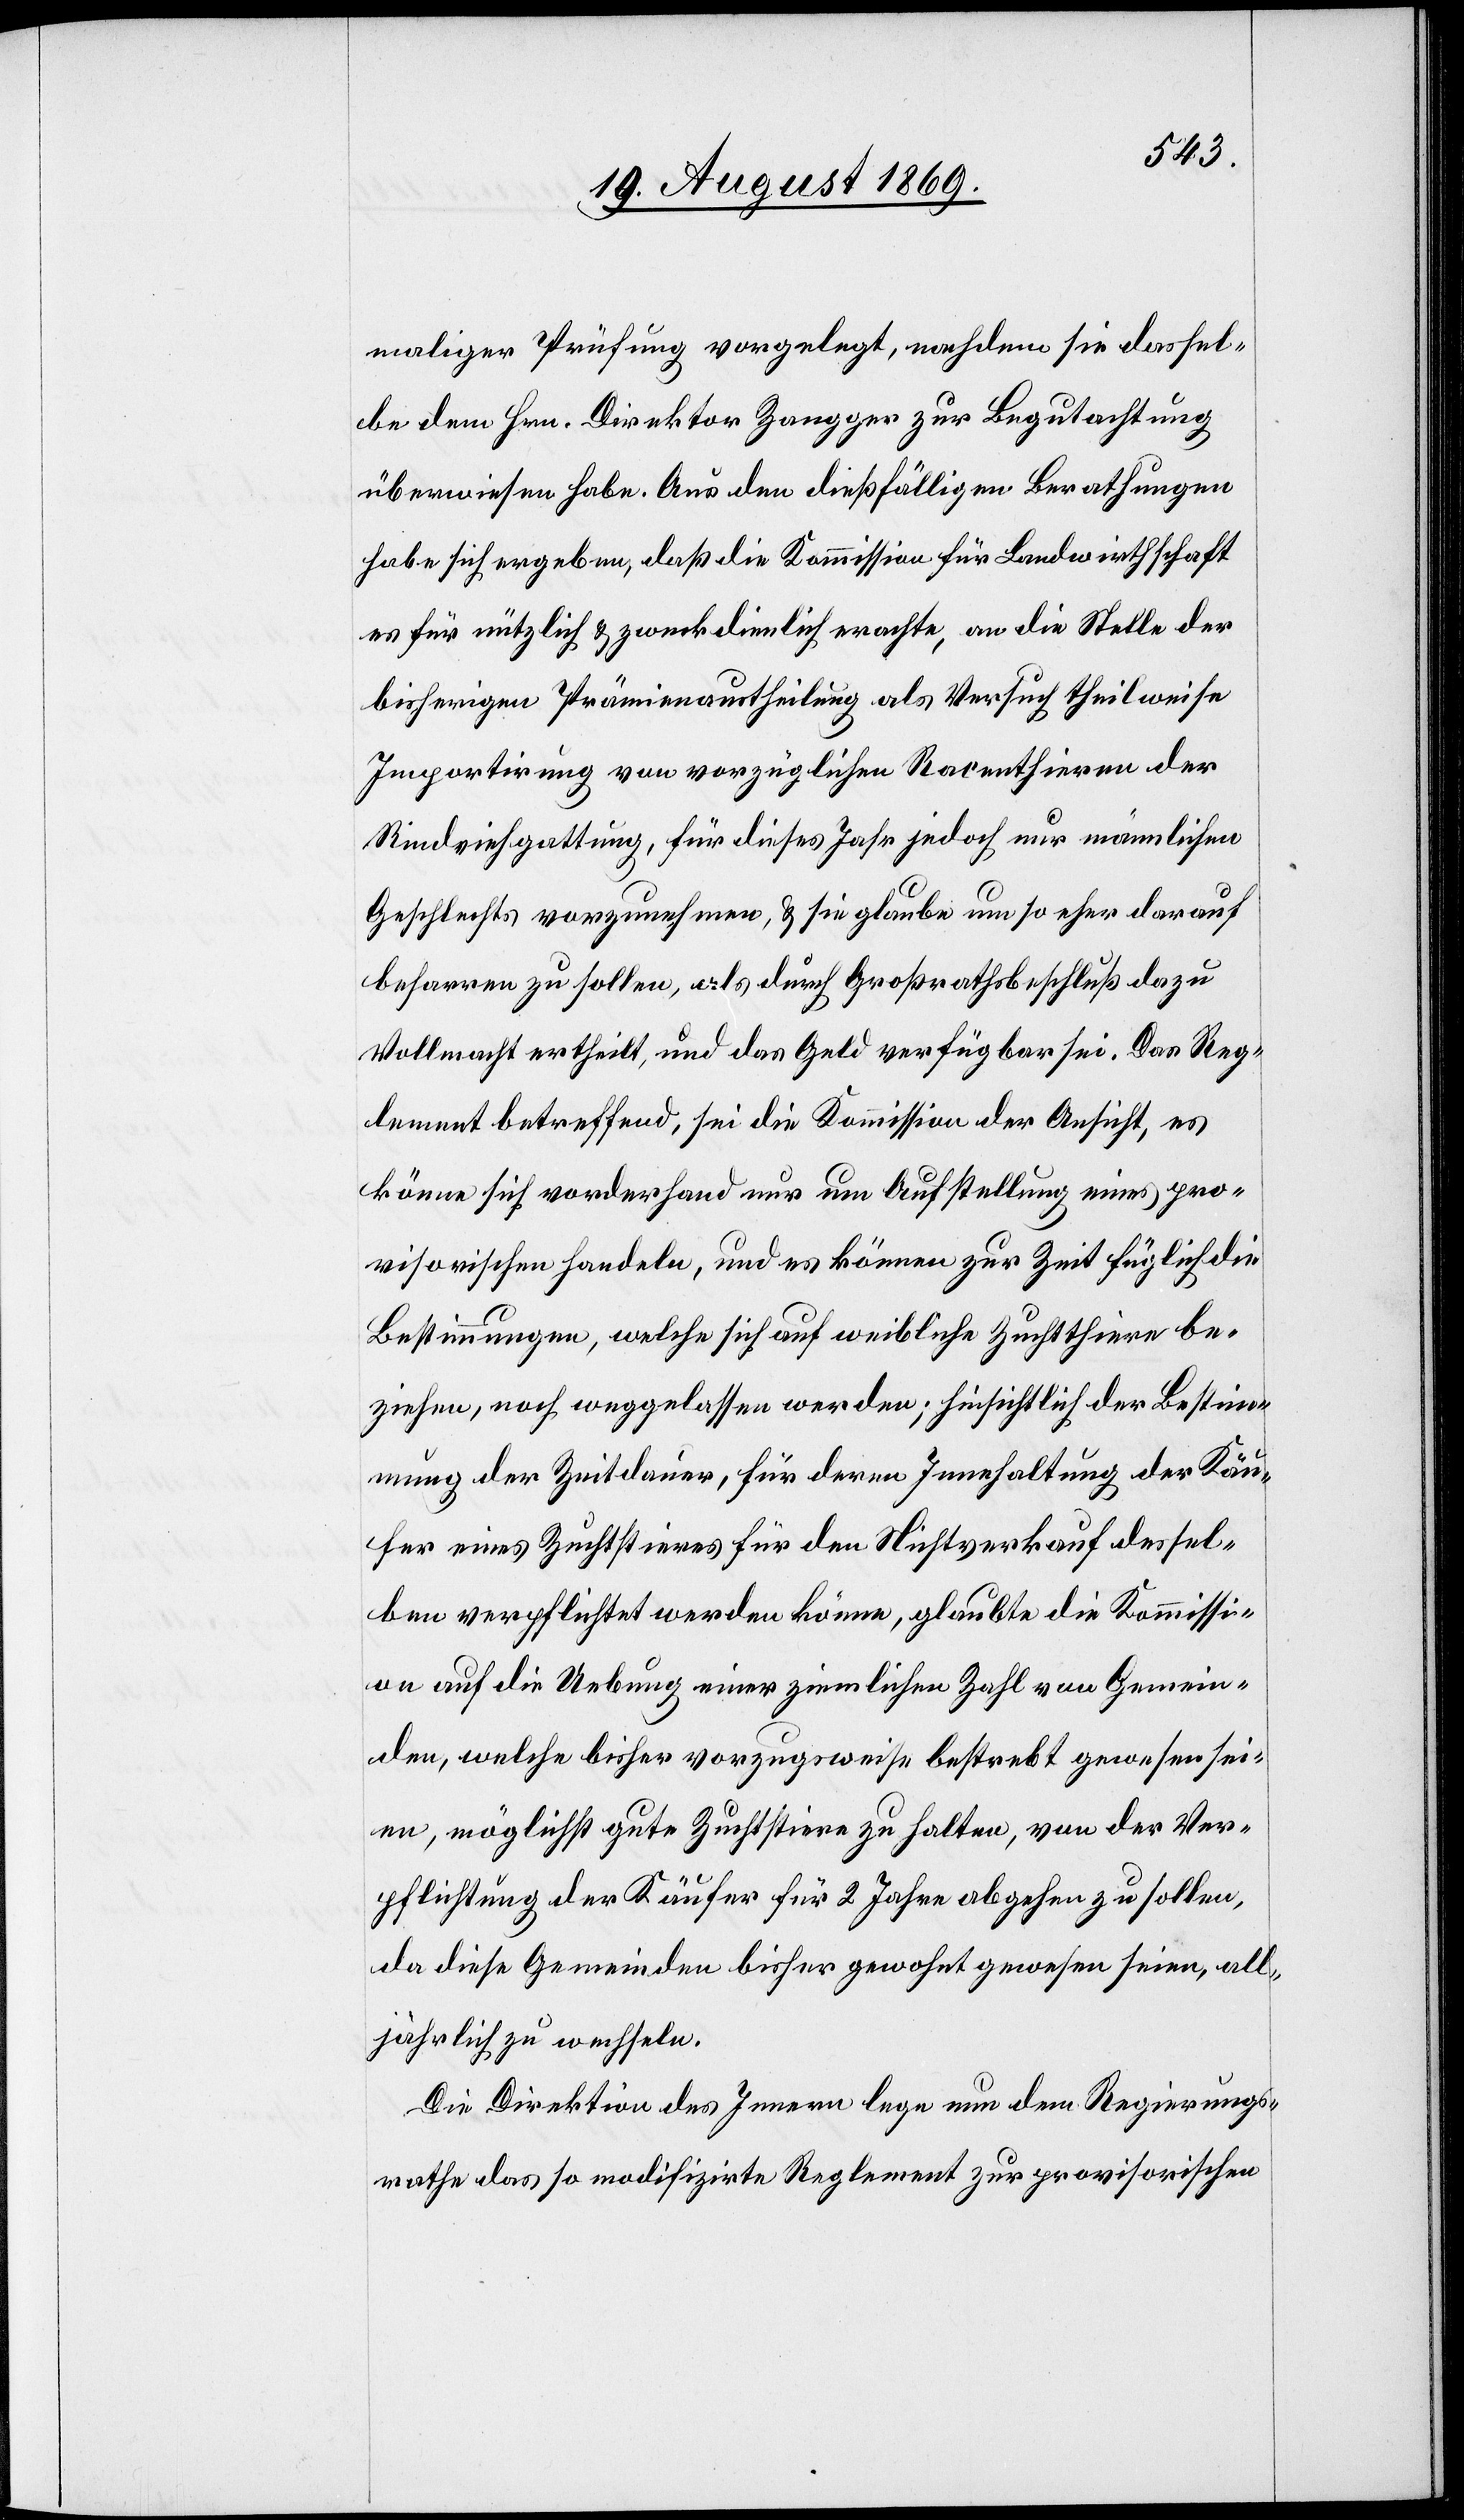
maliger Prüfung vorgelegt, nachdem sie dassel¬
be dem Hrn. Direktor Zangger zur Begutachtung
überwiesen habe. Aus den dießfälligen Berathungen
habe sich ergeben, daß die Kommission für Landwirthschaft
es für nützlich & zweckdienlich erachte, an die Stelle der
bisherigen Prämienaustheilung als Versuch theilweise
Importirung von vorzüglichen Racenthieren der
Rindviehgattung, für dieses Jahr jedoch nur männlichen
Geschlechts vorzunehmen, & sie glaube um so eher darauf
beharren zu sollen, als durch Großrathsbeschluß dazu
Vollmacht ertheilt, und das Geld verfügbar sei. Das Reg¬
lement betreffend, sei die Kommission der Ansicht, es
könne sich vorderhand nur um Aufstellung eines pro¬
visorischen handeln, und es können zur Zeit füglich die
Bestimmungen, welche sich auf weibliche Zuchtthiere be¬
ziehen, noch weggelassen werden; hinsichtlich der Bestim¬
mung der Zeitdauer, für deren Innehaltung der Käu¬
fer eines Zuchtstieres für den Nichtverkauf dessel¬
ben verpflichtet werden könne, glaubte die Kommissi¬
on auf die Uebung einer ziemlichen Zahl von Gemein¬
den, welche bisher vorzugsweise bestrebt gewesen sei¬
en, möglichst gute Zuchtstiere zu halten, von der Ver¬
pflichtung der Käufer für 2 Jahre abgehen zu sollen,
da diese Gemeinden bisher gewohnt gewesen seien, all¬
jährlich zu wechseln.
Die Direktion des Innern lege nun dem Regierungs¬
rathe das so modifizirte Reglement zur provisorischen